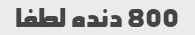
800 دنده لطفا